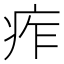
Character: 痄